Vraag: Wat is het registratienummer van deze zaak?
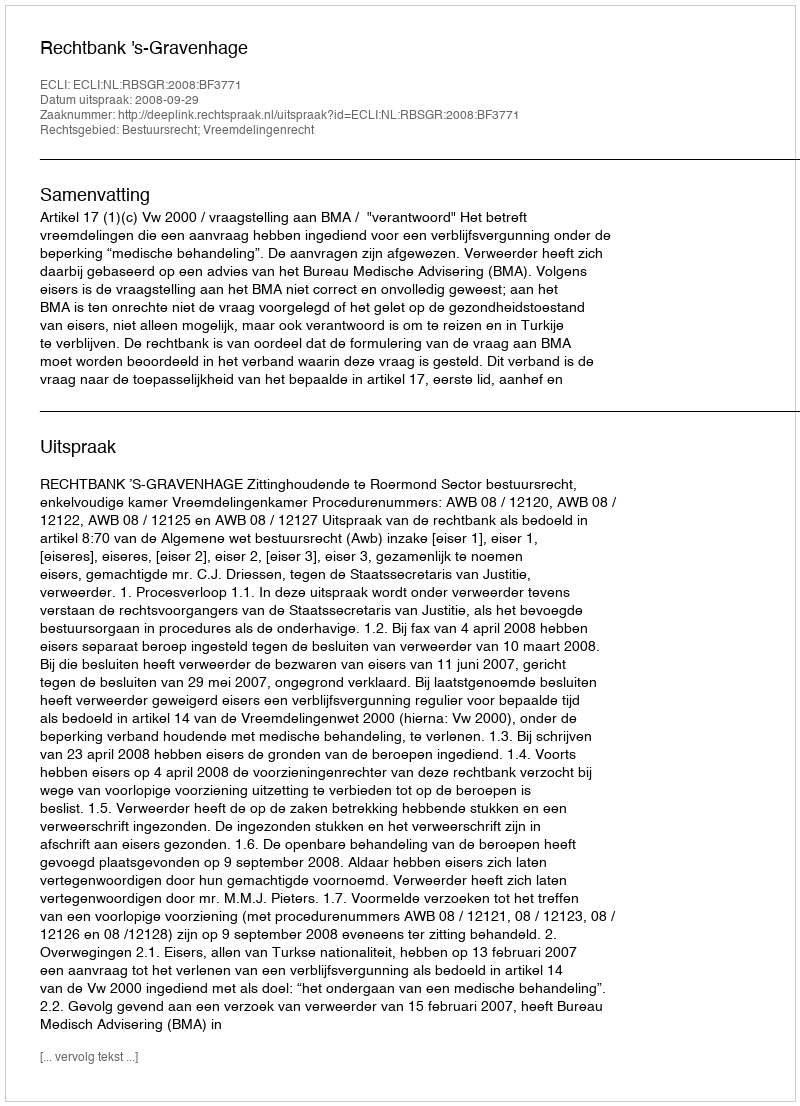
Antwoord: http://deeplink.rechtspraak.nl/uitspraak?id=ECLI:NL:RBSGR:2008:BF3771